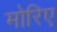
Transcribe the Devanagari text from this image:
मोरिए